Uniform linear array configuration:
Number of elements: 4
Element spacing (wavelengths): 0.25
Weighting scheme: hann
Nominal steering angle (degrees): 45
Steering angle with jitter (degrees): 46.329
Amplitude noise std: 0.05
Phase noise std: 0.05

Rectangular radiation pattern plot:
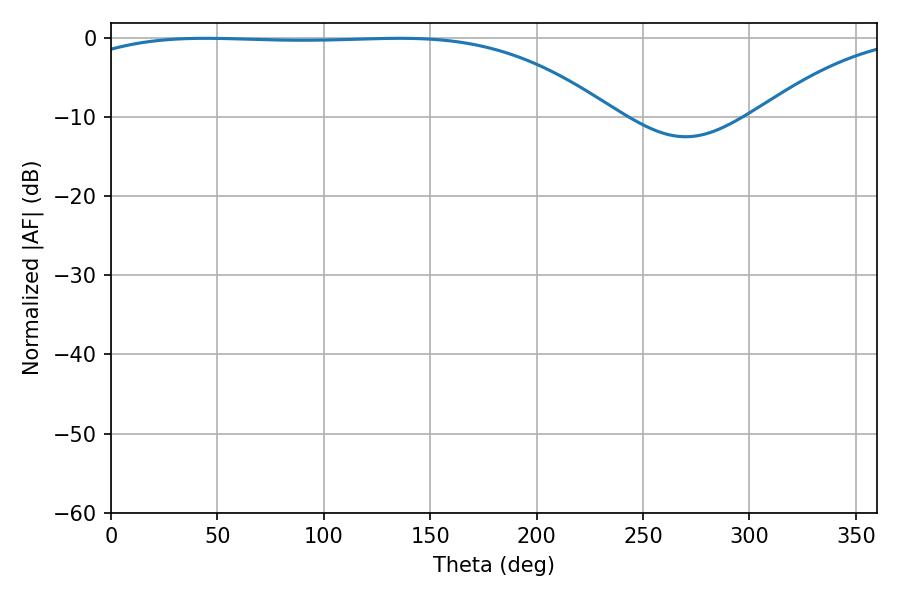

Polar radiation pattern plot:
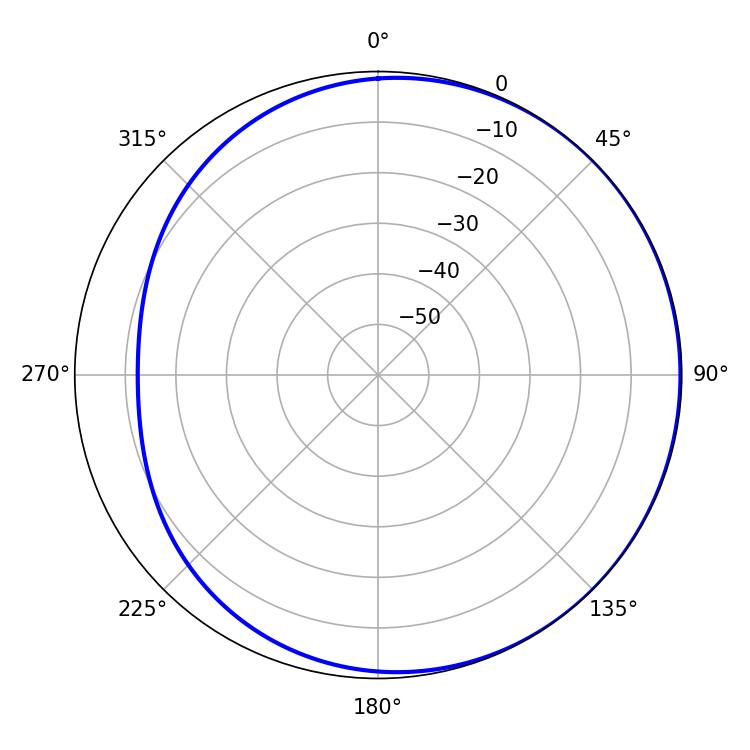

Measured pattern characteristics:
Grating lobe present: FALSE
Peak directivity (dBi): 1.018
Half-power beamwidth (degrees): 197.46
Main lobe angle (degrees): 44.28